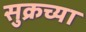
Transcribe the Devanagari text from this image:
सुक्रच्या